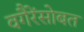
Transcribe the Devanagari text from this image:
वगैरेंसोबत